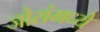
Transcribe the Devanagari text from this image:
जोरांमध्ये